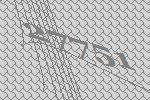
27751